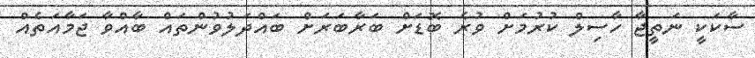
ސާކަކީ ނަތީޖާ ހާސިލް ކުރުމަށް ވުރެ ބޮޑަށް ބަރާބަރަށް ބައްދަލުވުންތައް ބާއްވާ ޖަމާއަތެއް